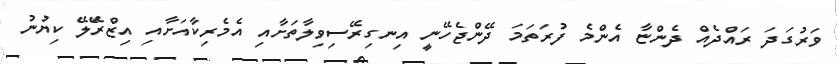
ވަރުގަދަ ރައްދެއް ދެންޏާ އެންމެ ފުރަތަމަ ދޭންޖެހޭނީ އިނގިރޭސިވިލާތަށާއި އެމެރިކާއަށާއި އިޒްރަޭލޭ ކިޔުނު